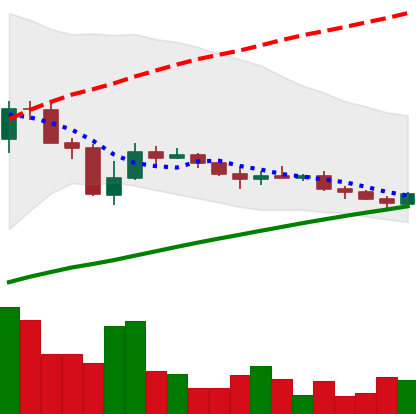
Ticker: LINK-USD
Chart end date: 2019-07-31
Forward return: 13.089%
Label: up_7plus